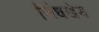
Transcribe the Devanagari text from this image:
सिंधखेड